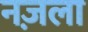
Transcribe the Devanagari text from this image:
नज़ला